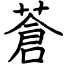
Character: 蒼